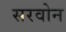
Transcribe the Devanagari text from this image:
सरवोन